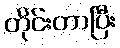
တိုင်းတာပြီး